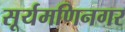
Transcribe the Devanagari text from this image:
सूर्यमणिनगर